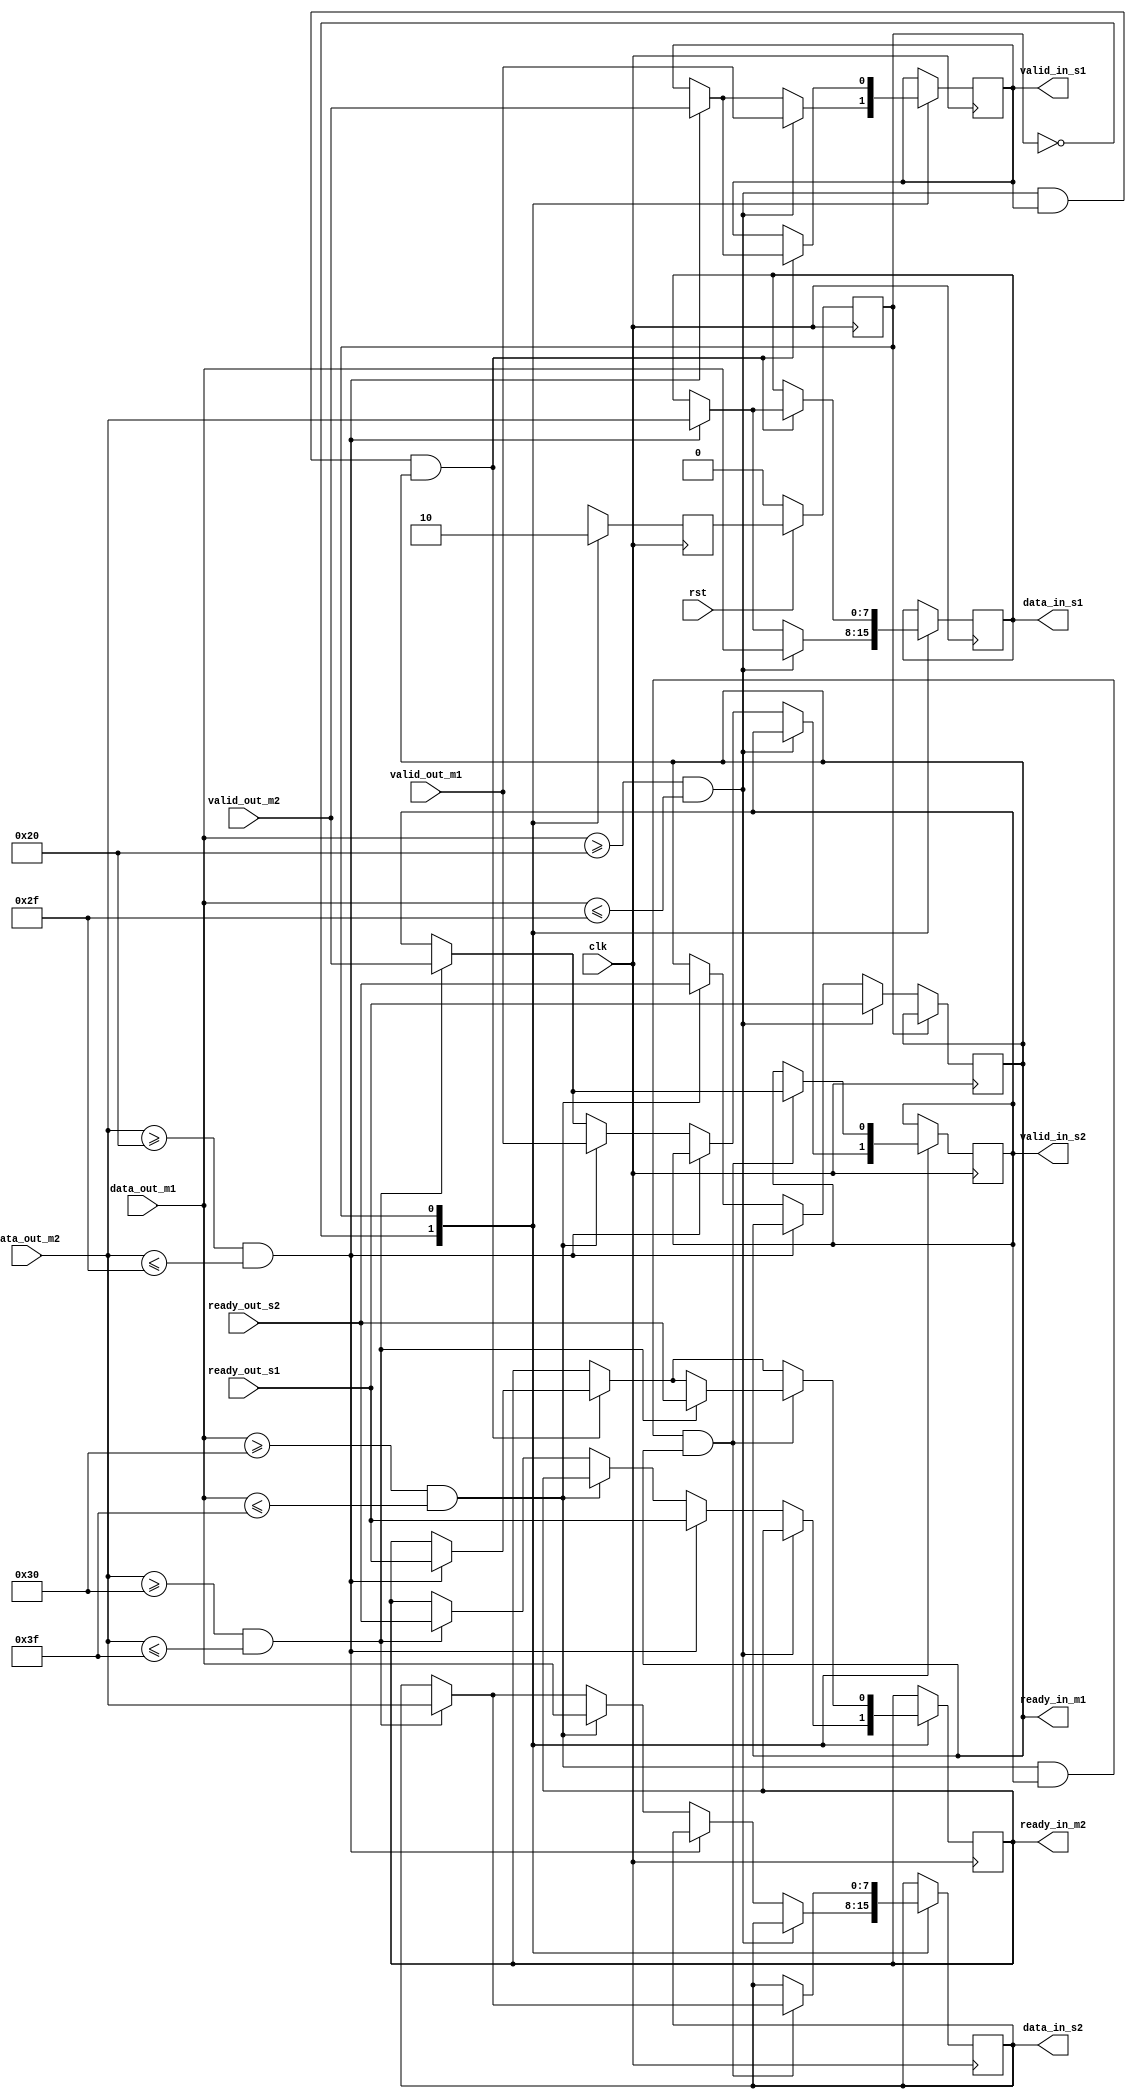
module handshaking_xbar_2x2 (
    input clk,
    input rst,
    // Master 1
    input [7:0] data_out_m1,
    input valid_out_m1,
    output reg ready_in_m1,
    // Master 2
    input [7:0] data_out_m2,
    input valid_out_m2,
    output reg ready_in_m2,
    // Slave 1
    output reg [7:0] data_in_s1,
    output reg valid_in_s1,
    input ready_out_s1,
    // Slave 2
    output reg [7:0] data_in_s2,
    output reg valid_in_s2,
    input ready_out_s2
);

    localparam FIRST_PRIORITY = 0;
    localparam SECOND_PRIORITY = 1;
    
    reg current_state = 0, next_state;
    
    always @(posedge clk) begin
        if (!rst) begin
            current_state <= 0;
        end
        else begin
            current_state <= next_state;
        end
    end

    always @(posedge clk) begin
        case (current_state)
            FIRST_PRIORITY: begin
                if (data_out_m1 >= 8'h20 && data_out_m1 <= 8'h2f) begin
                    data_in_s1 <= data_out_m1;
                    valid_in_s1 <= valid_out_m1;
                    ready_in_m1 <= ready_out_s1;
                end
                else if (data_out_m2 >= 8'h20 && data_out_m2 <= 8'h2f) begin
                    data_in_s1 <= data_out_m2;
                    valid_in_s1 <= valid_out_m2;
                    ready_in_m2 <= ready_out_s1;
                end
                else if (data_out_m1 >= 8'h30 && data_out_m1 <= 8'h3f) begin
                    data_in_s2 <= data_out_m1;
                    valid_in_s2 <= valid_out_m1;
                    ready_in_m1 <= ready_out_s2;
                end
                else if (data_out_m2 >= 8'h30 && data_out_m2 <= 8'h3f) begin
                    data_in_s2 <= data_out_m2;
                    valid_in_s2 <= valid_out_m2;
                    ready_in_m2 <= ready_out_s2;
                end
                next_state <= SECOND_PRIORITY;
            end
            SECOND_PRIORITY: begin
                if (data_out_m1 >= 8'h20 && data_out_m1 <= 8'h2f && valid_in_s1 && ready_in_m1) begin
                    if (data_out_m2 >= 8'h20 && data_out_m2 <= 8'h2f) begin
                        data_in_s1 <= data_out_m2;
                        valid_in_s1 <= valid_out_m2;
                        ready_in_m2 <= ready_out_s1;
                    end
                end
                if (data_out_m1 >= 8'h30 && data_out_m1 <= 8'h3f && valid_in_s2 && ready_in_m1) begin
                    if (data_out_m2 >= 8'h30 && data_out_m2 <= 8'h3f) begin
                        data_in_s2 <= data_out_m2;
                        valid_in_s2 <= valid_out_m2;
                        ready_in_m2 <= ready_out_s2;
                    end
                end
                next_state <= FIRST_PRIORITY;
            end
            // default: 
        endcase
    end
    
endmodule